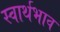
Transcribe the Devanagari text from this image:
स्वार्थभाव